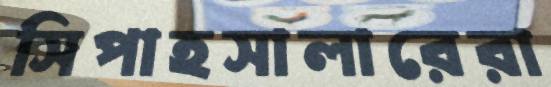
সিপাহসালারেরা